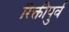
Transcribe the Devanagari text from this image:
रिक्तीपुर्व